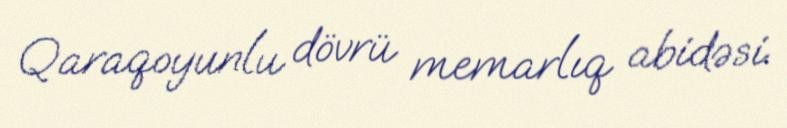
Qaraqoyunlu dövrü memarlıq abidəsi.